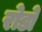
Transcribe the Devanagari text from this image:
रोडो